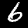
Digit: 6